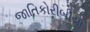
જાતિકોરીબીયા